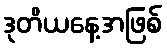
ဒုတိယနေ့အဖြစ်